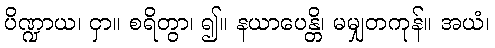
ပိဏ္ဍာယ၊ ငှာ။ စရိတွာ၊ ၍။ နယာပေန္တိ၊ မမျှတကုန်။ အယံ၊